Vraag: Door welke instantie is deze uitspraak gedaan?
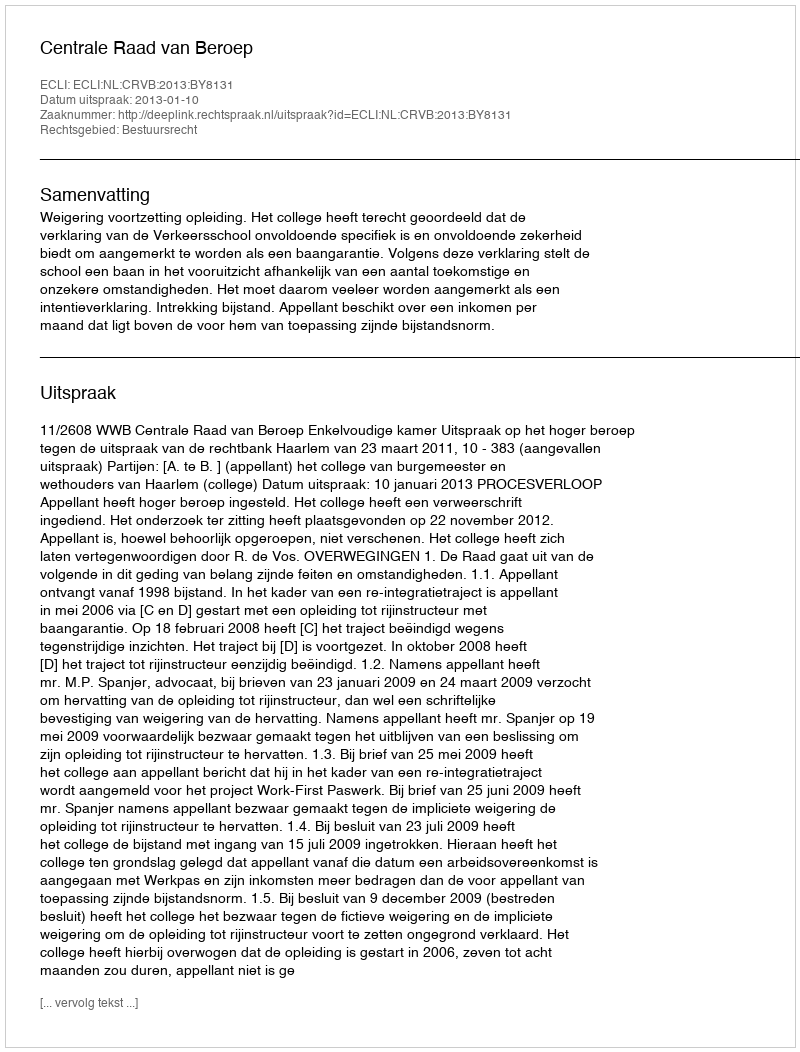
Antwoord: Centrale Raad van Beroep